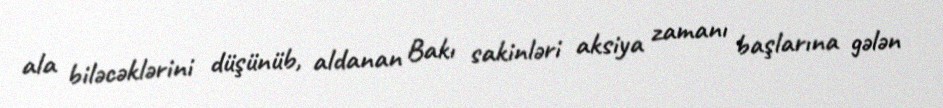
ala biləcəklərini düşünüb, aldanan Bakı sakinləri aksiya zamanı başlarına gələn